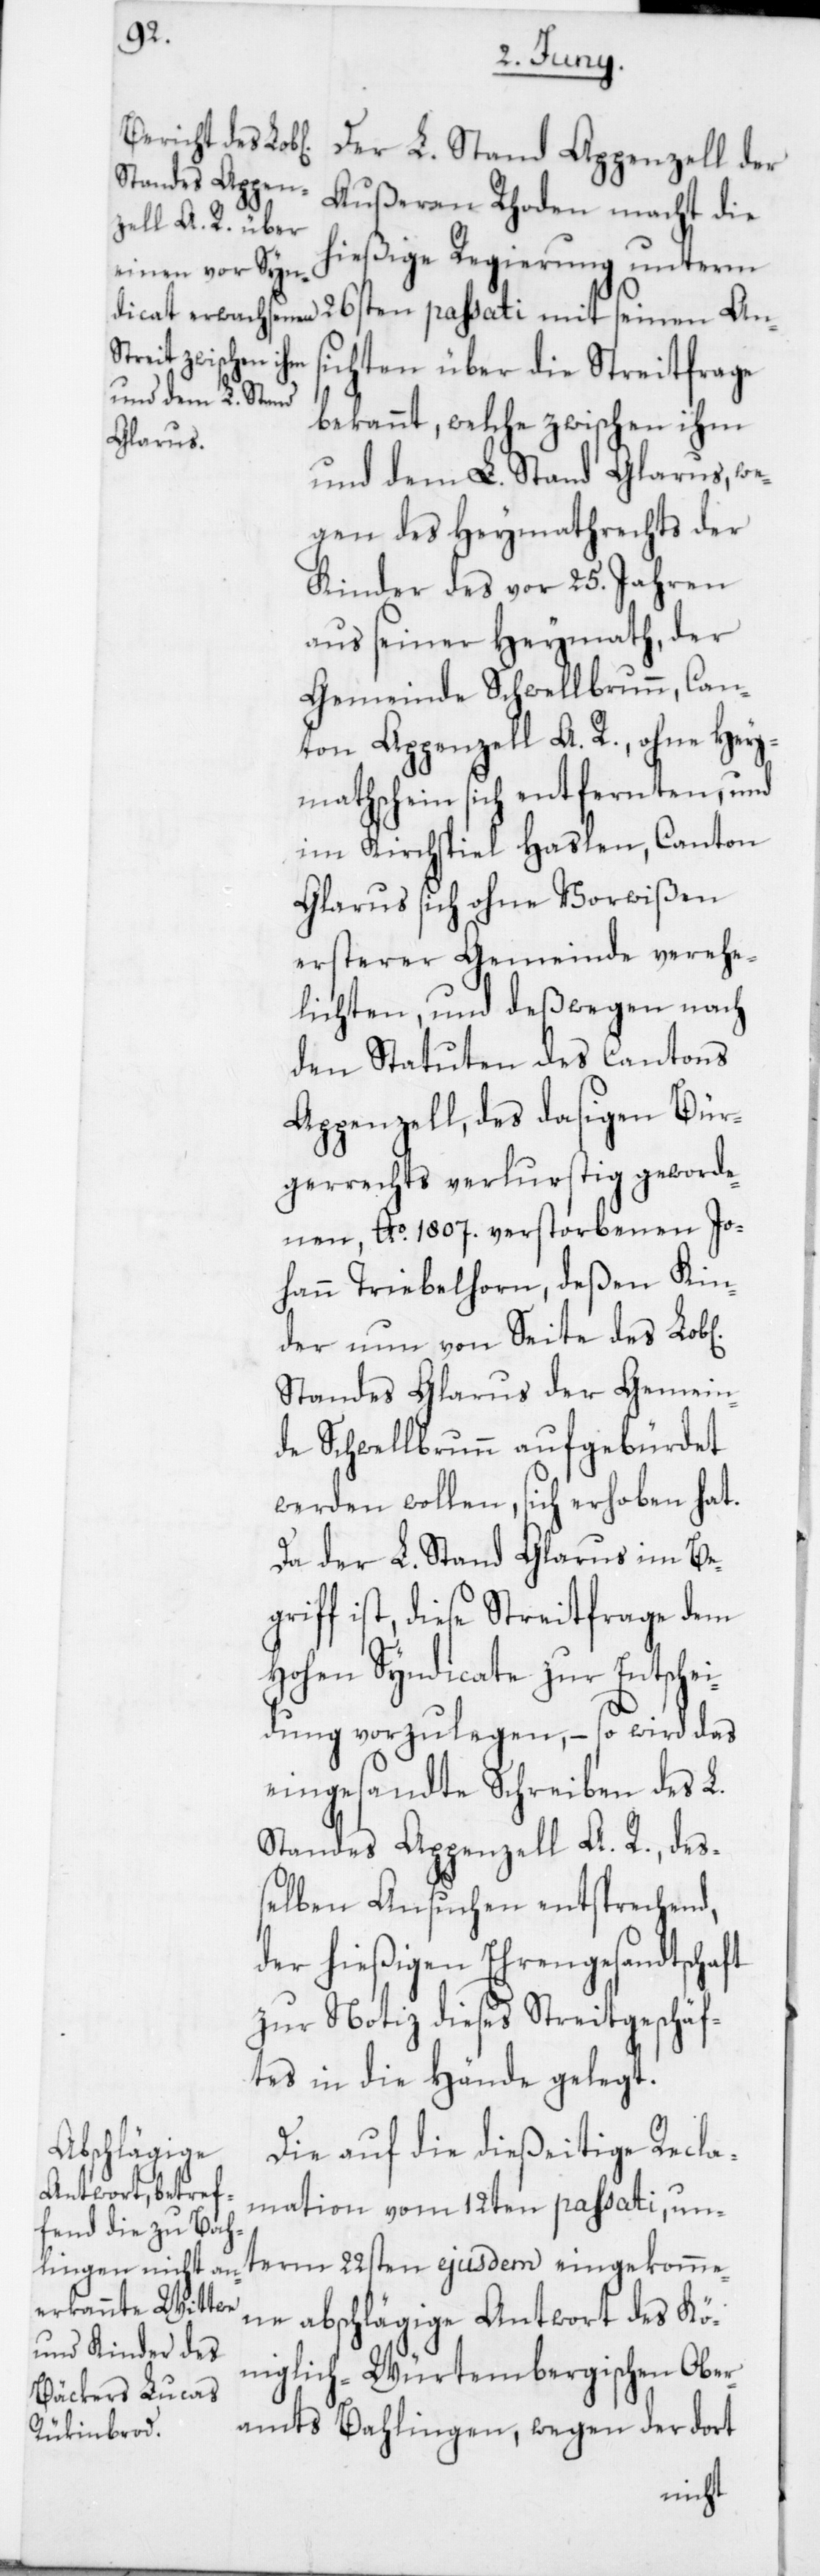
Der L. Stand Appenzell der
Äußeren Rhoden macht die
hießige Regierung unterm
26sten passati mit seinen Ans¬
ichten über die Streitfrage
bekannt, welche zwischen ihm
und dem L. Stand Glarus, we¬
gen des Heymathrechts der
Kinder des vor 25 Jahren
aus seiner Heymath, der
Gemeinde Schwellbrunn, Can¬
ton Appenzell A. R., ohne Hey¬
mathschein sich entfernten, und
im Kirchspiel Haslen, Canton
Glarus, sich ohne Vorwißen
ersterer Gemeinde verehe¬
lichten, und deßwegen nach
den Statuten des Cantons
Appenzell, des dasigen Bür¬
gerrechts verlurstig geworde¬
nen, Ao 1807 verstorbenen Jo¬
hann Triebelhorn, deßen Kin¬
der nun von Seite des Lob[l¬
Standes Glarus der Gemein¬
de Schwellbrunn aufgebürdet
werden wollen, sich erhoben hat.
Da der L. Stand Glarus im Beg¬
riff ist, diese Streitfrage dem
hohen Syndicate zur Entschei¬
dung vorzulegen, – so wird das
eingesandte Schreiben des L.
Standes Appenzell A. R., deß¬
elben Ansuchen entsprechend,
der hießigen Ehrengesandtschaft
zur Notiz dieses Streitgeschäf¬
tes in die Hände gelegt.
Die auf die dießeitige Recla¬
mation vom 12ten passati, un¬
term 22sten ejusdem eingekomme¬
ne abschlägige Antwort des Kö¬
niglich-Würtembergischen Ober¬
amts Bahlingen, wegen der dort
ichen]